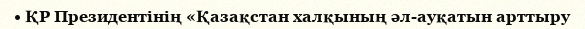
• ҚР Президентінің «Қазақстан халқының әл-ауқатын арттыру